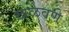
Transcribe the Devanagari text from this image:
खेळवणे